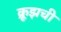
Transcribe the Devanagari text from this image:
क्रूझची